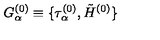
G _ { \alpha } ^ { ( 0 ) } \equiv \{ \tau _ { \alpha } ^ { ( 0 ) } , \tilde { H } ^ { ( 0 ) } \} \nonumber